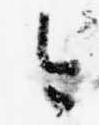
今